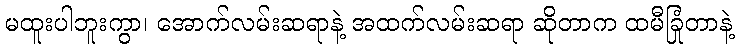
မထူးပါဘူးကွာ၊ အောက်လမ်းဆရာနဲ့ အထက်လမ်းဆရာ ဆိုတာက ထမီခြုံတာနဲ့